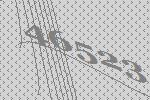
46523